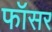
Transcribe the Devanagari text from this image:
फॉसर